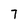
Character: 7